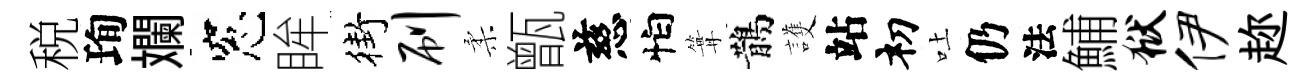
税珣斕窓眸街刷柔甑慈怕篝鵲護站𥘉吐仍法鯆狱伊趂